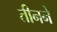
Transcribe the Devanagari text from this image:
तीनने